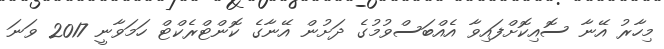
މިހާރު އޭނާ ސޮއިކޮށްފައިވާ އެއްބަސްވުމުގެ ދަށުން އޭނާގެ ކޮންޓްރެކްޓް ހަމަވާނީ 2017 ވަނަ